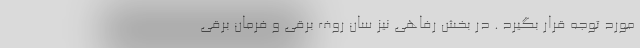
مورد توجه قرار بگیرد . در بخش رفاهی نیز سان روف برقی و فرمان برقی